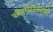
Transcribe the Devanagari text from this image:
च्यापासमध्ये